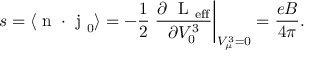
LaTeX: s = \langle \mathrm { \boldmath ~ n ~ } \cdot \mathrm { \boldmath ~ j ~ } _ { 0 } \rangle = - \frac { 1 } { 2 } \left. \frac { \partial \mathrm { ~ \cal ~ L ~ } _ { \mathrm { e f f } } } { \partial V _ { 0 } ^ { 3 } } \right| _ { V _ { \mu } ^ { 3 } = 0 } = \frac { e B } { 4 \pi } .